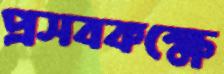
প্রসবকক্ষে